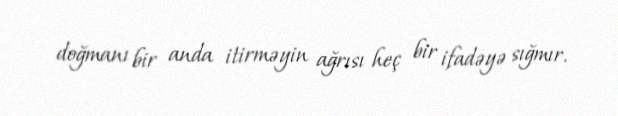
doğmanı bir anda itirməyin ağrısı heç bir ifadəyə sığmır.